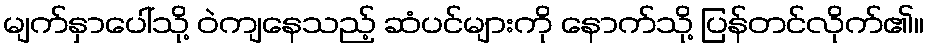
မျက်နှာပေါ်သို့ ဝဲကျနေသည့် ဆံပင်များကို နောက်သို့ ပြန်တင်လိုက်၏။